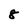
Character: 8